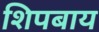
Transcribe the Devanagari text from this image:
शिपबाय